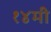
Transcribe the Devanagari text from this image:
१४मी